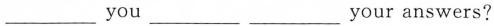
___ you ___ ___ your answers?